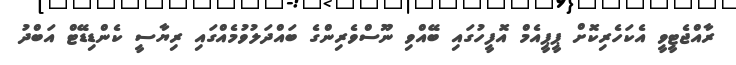
ރާއްޖެޓީވީ އެކަހެރިކޮށް ޕީޕީއެމް އޮފީހުގައި ބޭއްވި ނޫސްވެރިންގެ ބައްދަލުވުމެއްގައި ރިޔާސީ ކެންޑިޑޭޓް އަބްދު